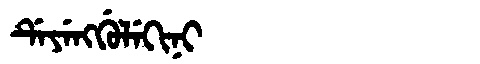
Manchu: ᡩᡝᠶᡝᠩᡤᡠᠯᡝᡴᡳᠨᡳ
Romanization: DEYENGGULEKINI